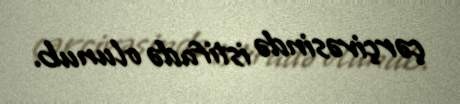
çərçivəsində istifadə olunub.